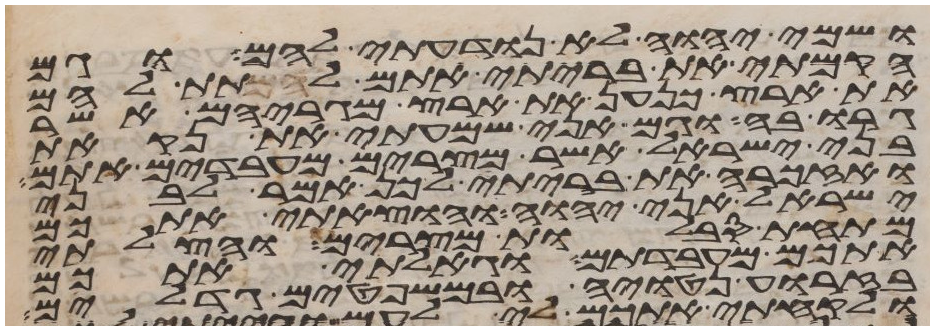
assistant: ושמי יהוה לא נודעתי להם וגם
הקמתי את בריתי אתם לתת להם
את ארץ כנען את ארץ מגריהם אשר
גרו בה וגם אני שמעתי את נקאת
בני ישראל אשר מצרים מעבדים אתם
ואזכרה את בריתי לכן אמר לבני
ישראל אני יהוה והוצאתי אתכם
מתחת סבלות מצרים והצלתי
אתכם מעבדתם וגאלתי אתכם
בזרוע נטויה ובמשפטים גדלים